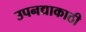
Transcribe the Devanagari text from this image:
उपनद्याकाठी